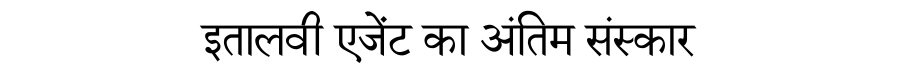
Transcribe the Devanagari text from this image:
इतालवी एजेंट का अंतिम संस्कार